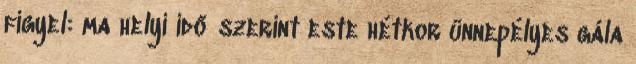
figyel: ma helyi idő szerint este hétkor ünnepélyes gála